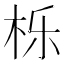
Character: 栎